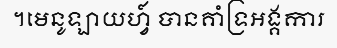
។មេនូឡាយហ្វ៍ បានគាំទ្រអង្គការ